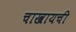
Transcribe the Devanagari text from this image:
चाखायची